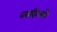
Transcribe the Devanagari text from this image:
व्लादिस्लॉने